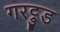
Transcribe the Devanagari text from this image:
गरट्रुड